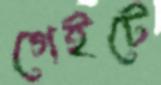
গেইটে